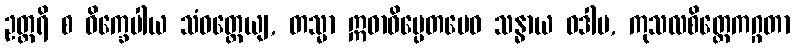
ဥတ္တရိ စ ဝိက္ခေပါယ သံဝတ္တေယျ, တသ္မာ ဣဓာဓိပ္ပေတမေဝ သန္ဓာယ ဝဒါမ, ကုသလစိတ္တေကဂ္ဂတာ